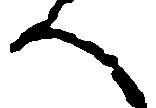
へ